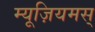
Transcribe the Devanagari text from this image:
म्यूज़ियमस्